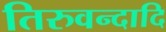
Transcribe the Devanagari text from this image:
तिरुवन्दादि